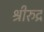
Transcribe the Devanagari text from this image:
श्रीरुद्र